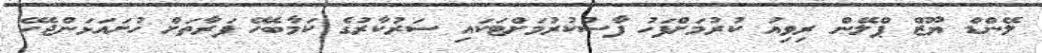
ލޭންޑް ޔޫޒް ޕްލޭން ރިވިއު ކުރުމަށްފަހު ފާސްކުރުމަށްޓަކައި ސަރުކާރުގެ ކަމާބެހޭ ފަރާތަށް ހުށައަޅަންޖެހޭ